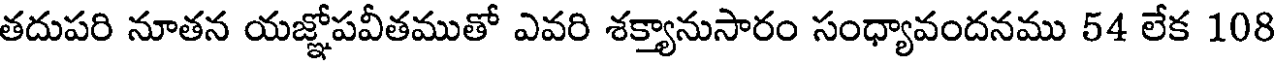
తదుపరి నూతన యజ్ఞోపవీతముతో ఎవరి శక్యానుసారం సంధ్యావందనము 54 లేక 108